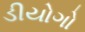
ડીયોગો